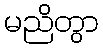
မညိတွာ